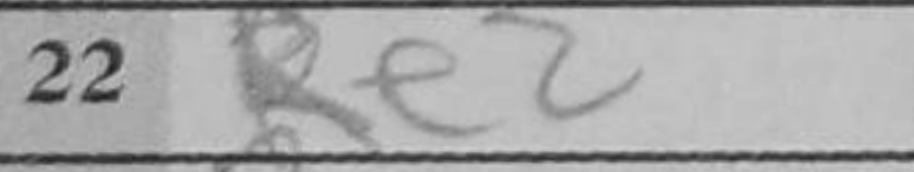
Transcription: Re2